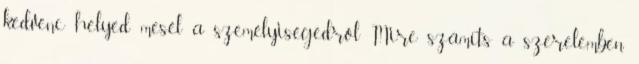
kedvenc helyed mesél a személyiségedről Mire számíts a szerelemben